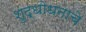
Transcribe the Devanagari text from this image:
शुद्धोधनाचे